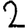
Digit: 2